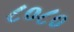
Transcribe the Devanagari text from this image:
८०८०